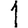
Digit: 1